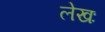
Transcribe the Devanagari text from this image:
लेखः